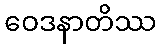
ဝေဒနာတိဿ